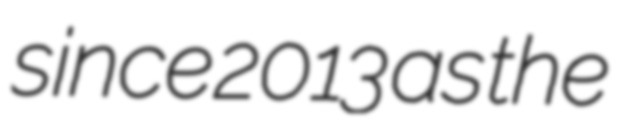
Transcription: since 2013 as the